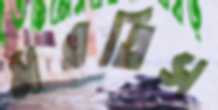
মরতিস